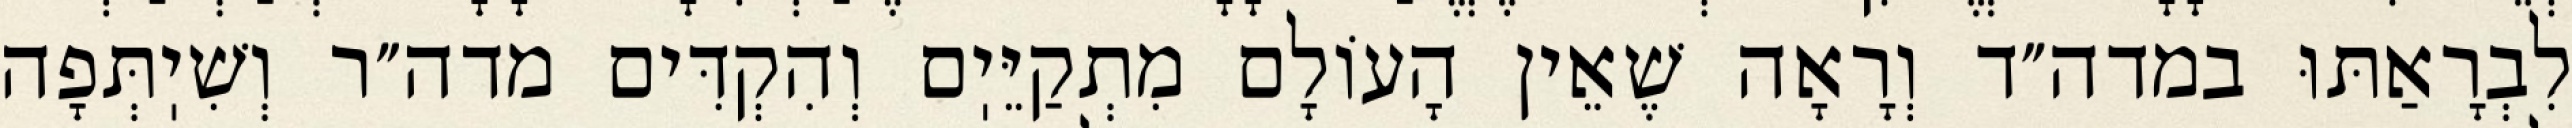
לִבְרָאַתּוּ במדה״ד וְרָאָה שֶׁאֵין הָעוֹלָם מִתְקַיֵּיֽם וְהִקְדִּים מדה״ר וְשִׁיֽתְּפָה